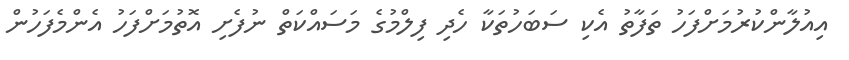
އިއުލާންކުރުމަށްފަހު ތަފާތު އެކި ސަބަހުތަކާ ހެދި ފިލްމުގެ މަސައްކަތް ނުފެށި އޮތުމަށްފަހު އެންމެފަހުން